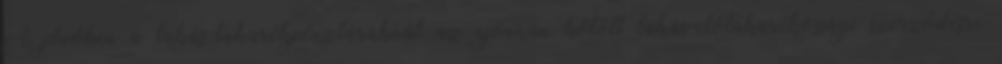
A jövőben a lakás-takarékpénztáraknál az újonnan kötött lakás-előtakarékossági szerződésre